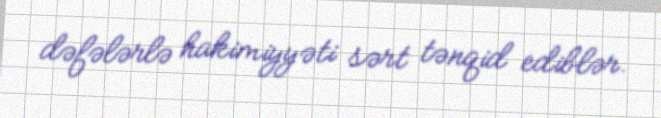
dəfələrlə hakimiyyəti sərt tənqid ediblər.